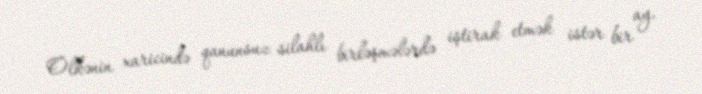
Ölkənin xaricində qanunsuz silahlı birləşmələrdə iştirak etmək istər bir ay,